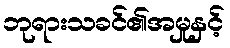
ဘုရားသခင်၏အမှုနှင့်